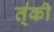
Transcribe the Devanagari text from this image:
त्॑की